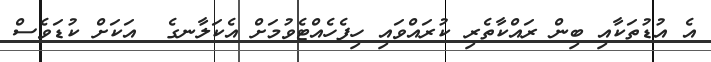
އެ އުޑުތަކާއި ބިން ރައްކާތެރި ކުރައްވައި ހިފެހެއްޓެވުމަށް އެކަލާނގެ  އަކަށް ކުޑަވެސް